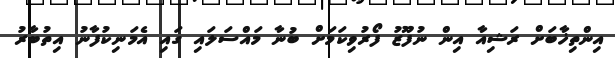
އިންތިޚާބަށް ރަޝިއާ އިން ނުފޫޒު ފޯރުވިކަމަށް ބުނާ މައްސަލައި ގައި އެމަނިކުފާނު އިތުބާރު